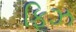
ફિઝ